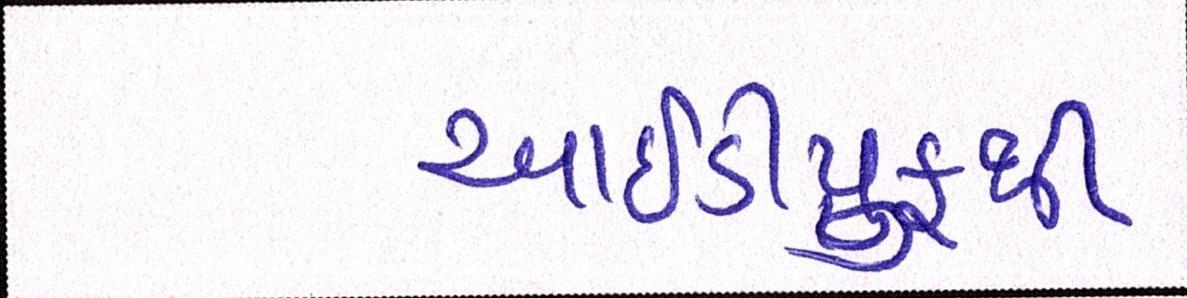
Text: આઇડીપ્રુફથી